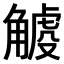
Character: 𧤧